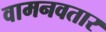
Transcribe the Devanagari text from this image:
वामनवतार